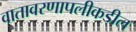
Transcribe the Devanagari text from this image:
वातावरणापलीकडील